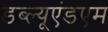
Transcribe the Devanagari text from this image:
डब्ल्यूएंडएम